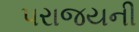
પરાજયની